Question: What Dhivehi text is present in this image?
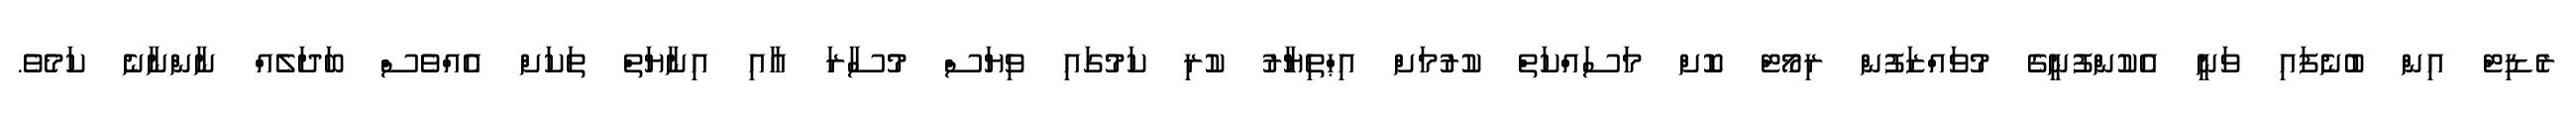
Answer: ރެޑިޓް އިން ބުނެފައި ވަނީ އެކުންފުނީގެ މުވައްޒަފުން ރިމޯޓް ކޮށް މަސައްކަތް ކުރުމަށް އިޙްތިޔާރު ކުރި ކަމުގައި ވިޔަސް މުސާރަ އާއި އިނާޔަތް ތަކަށް އެއްވެސް ބަދަލެއް ނާންނާނެ ކަމެވެ.